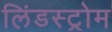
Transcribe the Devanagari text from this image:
लिंडस्ट्रोम